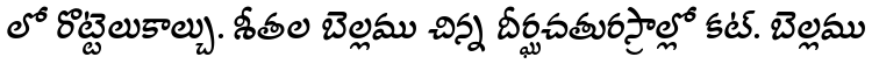
లో రొట్టెలుకాల్చు. శీతల బెల్లము చిన్న దీర్ఘచతురస్రాల్లో కట్. బెల్లము